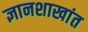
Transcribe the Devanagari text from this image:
ज्ञानशाखांत